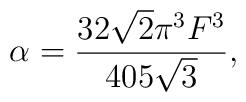
\alpha= \frac{32\sqrt{2}\pi^{3}F^{3}}{405 \sqrt{3}},